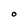
Character: O